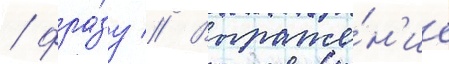
/ фра́зу // Выраже́н'ие